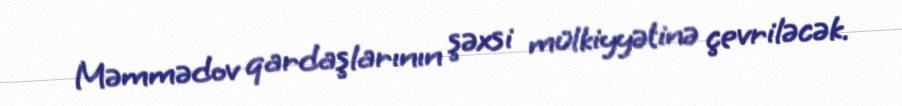
Məmmədov qardaşlarının şəxsi mülkiyyətinə çevriləcək.